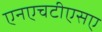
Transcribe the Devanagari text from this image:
एनएचटीएसए